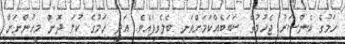
ހަމުގެ ކެންސަރު ޖެހުމުގެ ސަބަބެއްކަމަށްވަނީ ބެލެވިފައެވެ. އަދި ހަމުގެ ކުލަ ދޮން މީހުންނަށް